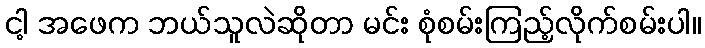
ငါ့ အဖေက ဘယ်သူလဲဆိုတာ မင်း စုံစမ်းကြည့်လိုက်စမ်းပါ။